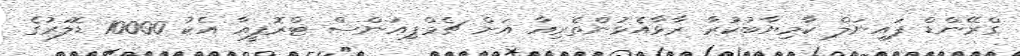
ގްރޭންޑް ފައިނަލް ކާމިޔާބުކުރާ ރާޅާއެޅުންތެރިއާ އަށް ޗެމްޕިއަންސް ޓްރޮފީއާ އެކު 10000 ޑޮލަރުގެ